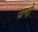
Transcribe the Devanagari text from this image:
उग्ते